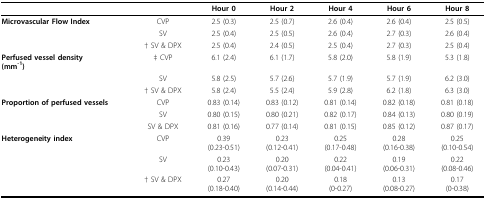
<table><thead><tr><td></td><td></td><td><b>Hour 0</b></td><td><b>Hour 2</b></td><td><b>Hour 4</b></td><td><b>Hour 6</b></td><td><b>Hour 8</b></td></tr></thead><tbody><tr><td><b>Microvascular Flow Index</b></td><td>CVP</td><td>2.5 (0.3)</td><td>2.5 (0.7)</td><td>2.6 (0.4)</td><td>2.6 (0.4)</td><td>2.5 (0.5)</td></tr><tr><td></td><td>SV</td><td>2.5 (0.4)</td><td>2.5 (0.5)</td><td>2.6 (0.4)</td><td>2.7 (0.3)</td><td>2.6 (0.4)</td></tr><tr><td></td><td>† SV &amp; DPX</td><td>2.5 (0.4)</td><td>2.4 (0.5)</td><td>2.5 (0.4)</td><td>2.7 (0.3)</td><td>2.5 (0.4)</td></tr><tr><td><b>Perfused vessel density</b><b>(mm<sup>-1</sup>)</b></td><td>‡ CVP</td><td>6.1 (2.4)</td><td>6.1 (1.7)</td><td>5.8 (2.0)</td><td>5.8 (1.9)</td><td>5.3 (1.8)</td></tr><tr><td></td><td>SV</td><td>5.8 (2.5)</td><td>5.7 (2.6)</td><td>5.7 (1.9)</td><td>5.7 (1.9)</td><td>6.2 (3.0)</td></tr><tr><td></td><td>† SV &amp; DPX</td><td>5.8 (2.4)</td><td>5.5 (2.4)</td><td>5.9 (2.8)</td><td>6.2 (1.8)</td><td>6.3 (3.0)</td></tr><tr><td><b>Proportion of perfused vessels</b></td><td>CVP</td><td>0.83 (0.14)</td><td>0.83 (0.12)</td><td>0.81 (0.14)</td><td>0.82 (0.18)</td><td>0.81 (0.18)</td></tr><tr><td></td><td>SV</td><td>0.80 (0.15)</td><td>0.80 (0.21)</td><td>0.82 (0.17)</td><td>0.84 (0.13)</td><td>0.80 (0.19)</td></tr><tr><td></td><td>SV &amp; DPX</td><td>0.81 (0.16)</td><td>0.77 (0.14)</td><td>0.81 (0.15)</td><td>0.85 (0.12)</td><td>0.87 (0.17)</td></tr><tr><td><b>Heterogeneity index</b></td><td>CVP</td><td>0.39(0.23-0.51)</td><td>0.23(0.12-0.41)</td><td>0.25(0.17-0.48)</td><td>0.28(0.16-0.38)</td><td>0.25(0.10-0.54)</td></tr><tr><td></td><td>SV</td><td>0.23(0.10-0.43)</td><td>0.20(0.07-0.31)</td><td>0.22(0.04-0.41)</td><td>0.19(0.06-0.31)</td><td>0.22(0.08-0.46)</td></tr><tr><td></td><td>† SV &amp; DPX</td><td>0.27(0.18-0.40)</td><td>0.20(0.14-0.44)</td><td>0.18(0-0.27)</td><td>0.13(0.08-0.27)</td><td>0.17(0-0.38)</td></tr></tbody></table>